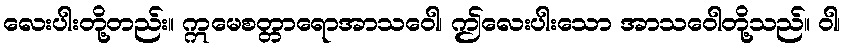
လေးပါးတို့တည်း။ ဣမေစတ္တာရောအာသဝေါ၊ ဤလေးပါးသော အာသဝေါတို့သည်။ ဝါ၊